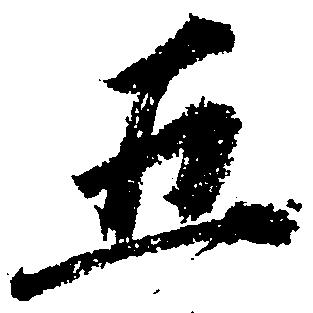
五